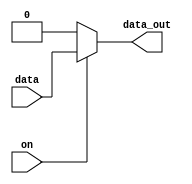
`timescale 1ns / 1ps

module mux(
	input on,
	input data,
	output reg data_out
    );

always @(*)
begin
	if(on==0) data_out=0;
	else data_out=data;
end

endmodule